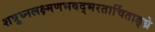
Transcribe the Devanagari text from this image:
शत्रुघ्नलक्ष्मणभवद्भरतार्चिताङ्घ्रे